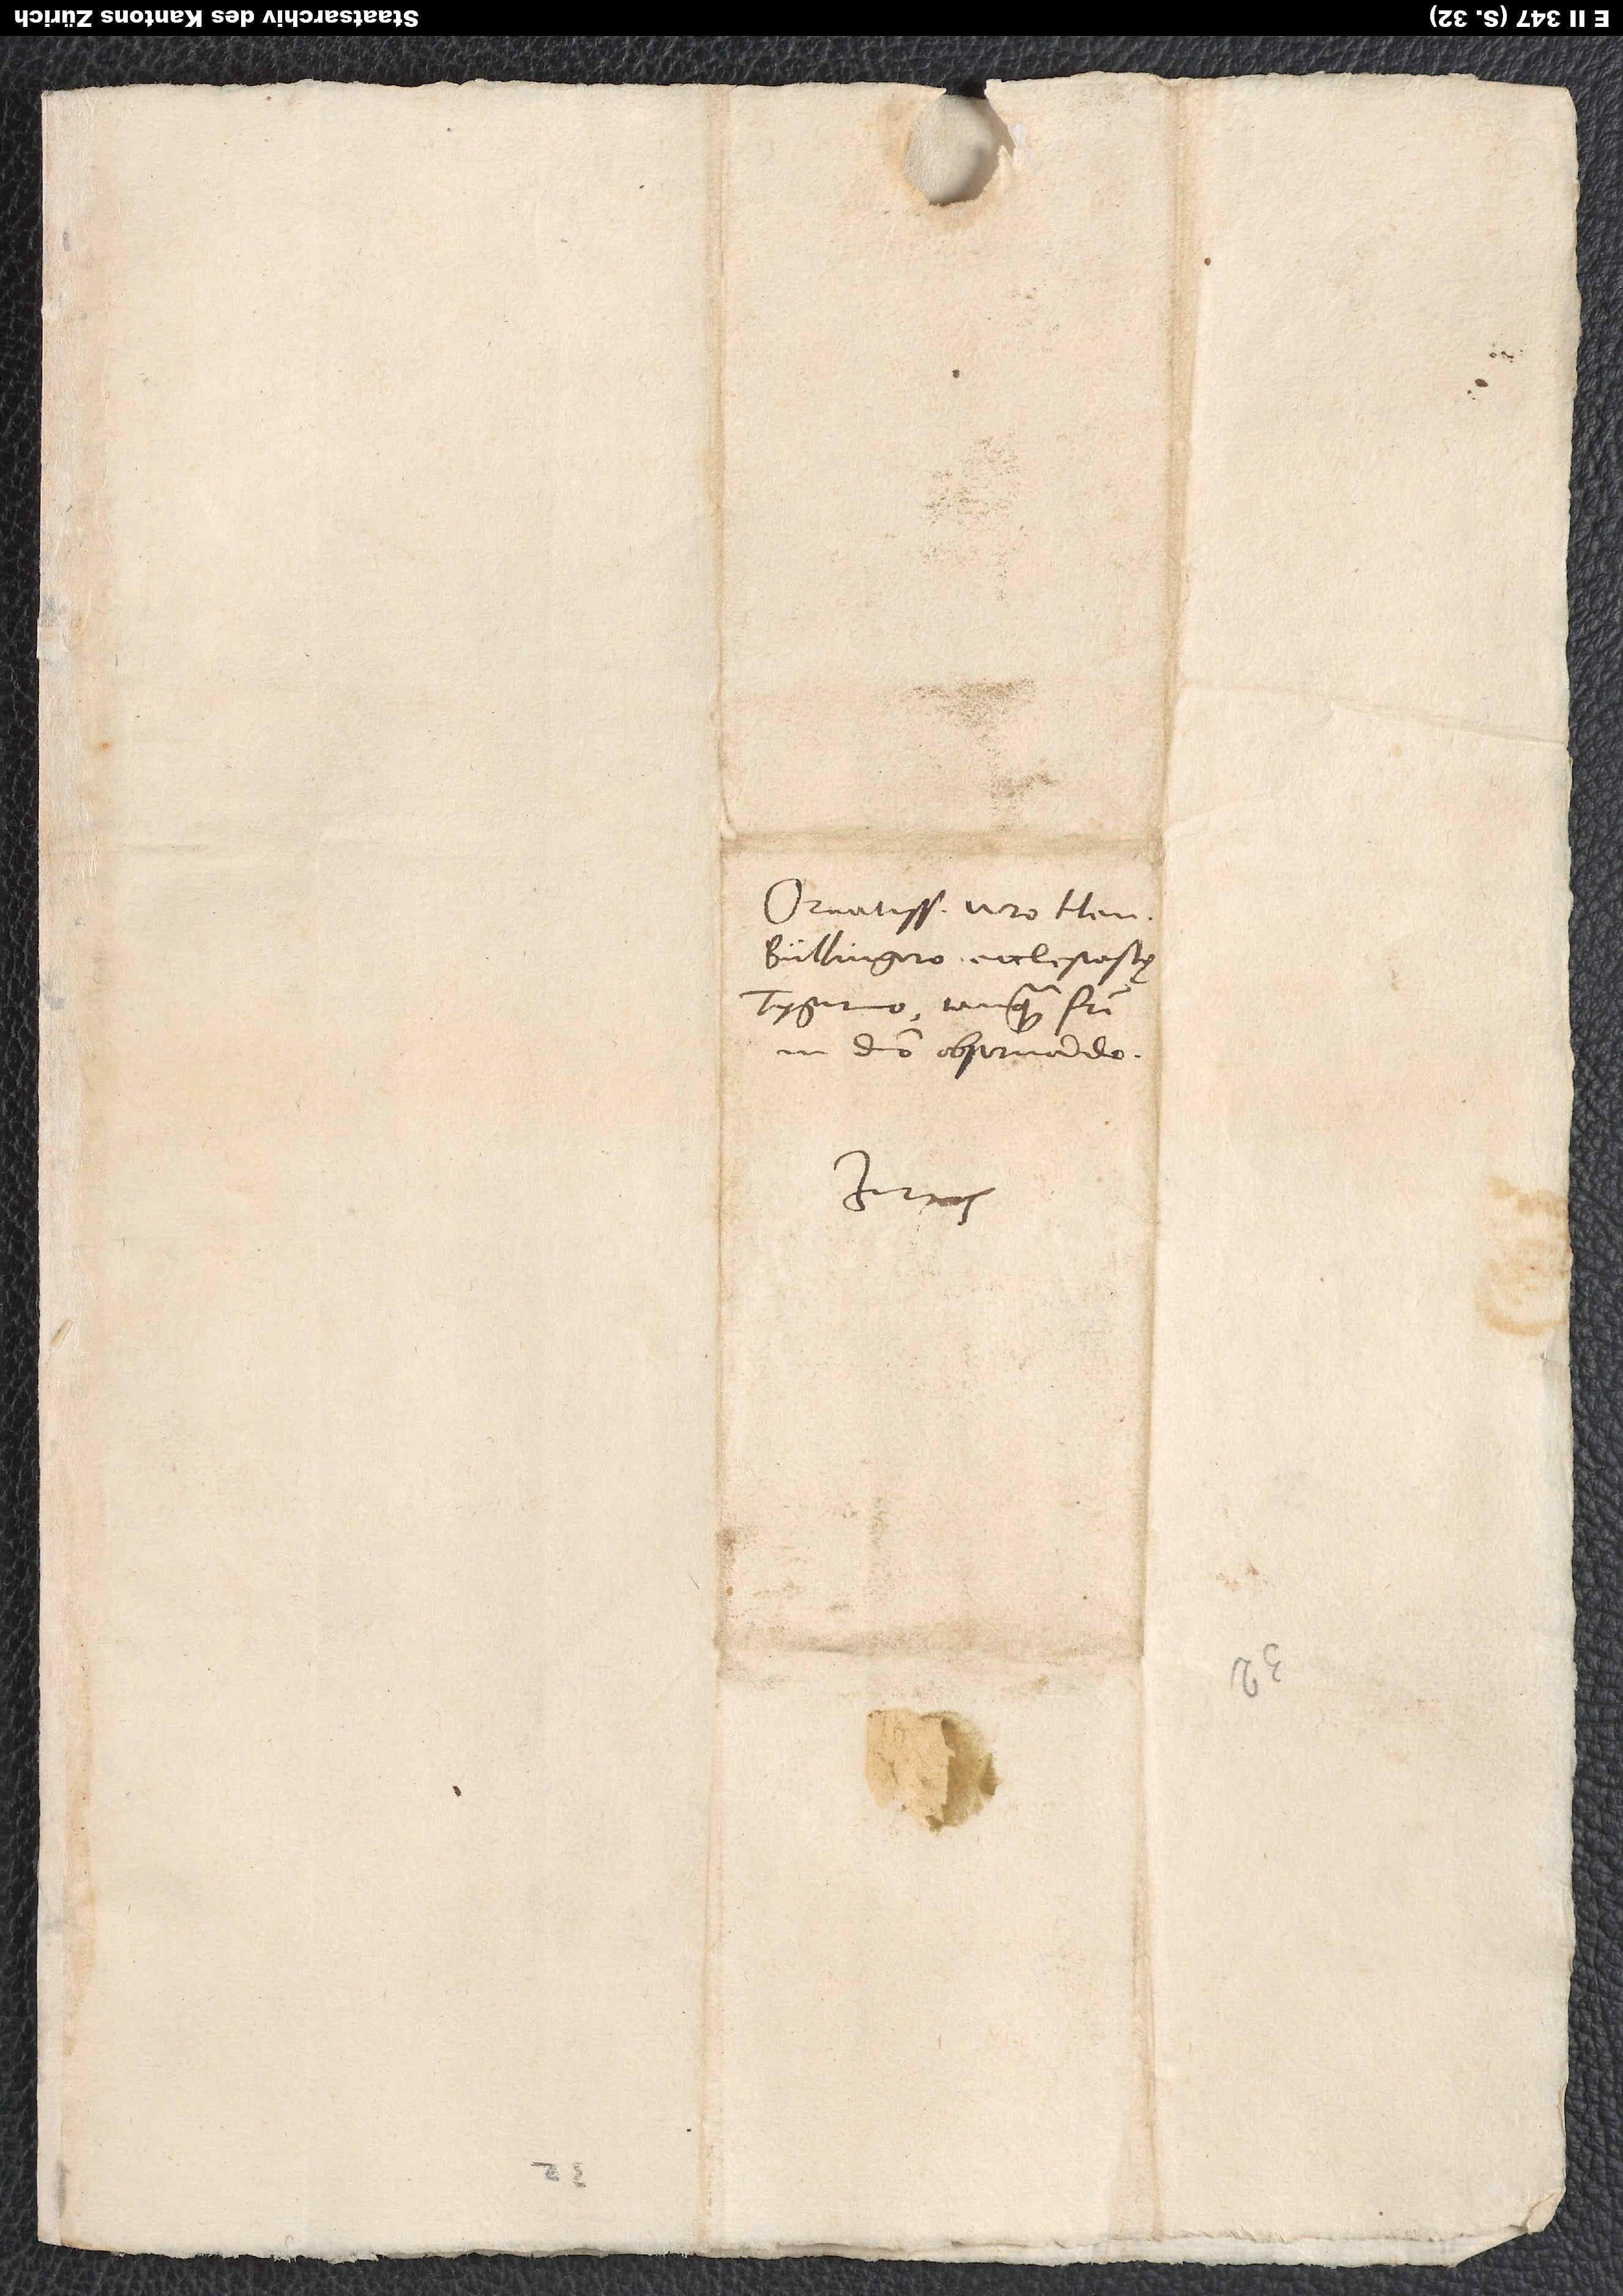
Ornatissimo viro Henrico
Bullingero, ecclesiastę
Tygurino, tanquam fratri
in domino observando.
Zürich.